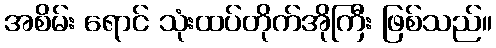
အစိမ်း ရောင် သုံးထပ်တိုက်အိုကြီး ဖြစ်သည်။